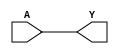
// This program was cloned from: https://github.com/TILOS-AI-Institute/MacroPlacement
// License: BSD 3-Clause "New" or "Revised" License

// ================================================================
// NVDLA Open Source Project
//
// Copyright(c) 2016 - 2017 NVIDIA Corporation. Licensed under the
// NVDLA Open Hardware License; Check "LICENSE" which comes with
// this distribution for more information.
// ================================================================
module NV_BLKBOX_BUFFER (
  Y
 ,A
 );
output Y ;
input A ;
assign Y = A;
endmodule